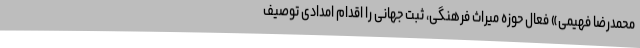
محمدرضا فهیمی» فعال حوزه میراث فرهنگی، ثبت جهانی را اقدام امدادی توصیف